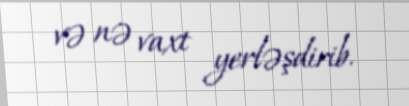
və nə vaxt yerləşdirib.